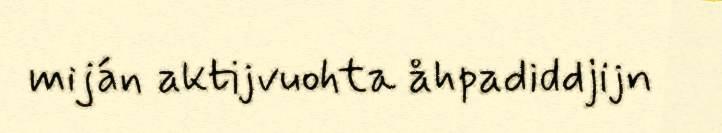
miján aktijvuohta åhpadiddjijn